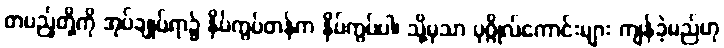
တပည့်တို့ကို အုပ်ချုပ်ရာ၌ နှိပ်ကွပ်တန်က နှိပ်ကွပ်ပါ၊ သို့မှသာ ပုဂ္ဂိုလ်ကောင်းများ ကျန်ခဲ့မည်ဟု